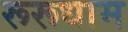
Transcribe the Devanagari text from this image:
रूरूधाम